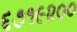
૬૭૧૯૨૦૦